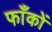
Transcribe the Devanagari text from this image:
फाँकों